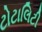
ટોટાલિટી